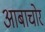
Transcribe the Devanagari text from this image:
आबाचोर